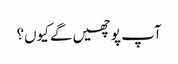
آپ پوچھیں گے کیوں؟